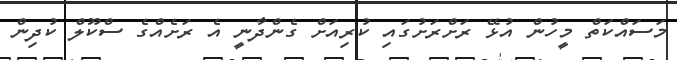
މަސައްކަތް މީހުން އުޅޭ ރަށްރަށުގައި ކުރިއަށް ގެންދާނީ އެ ރަށެއްގެ ސްކޫލް ކުދިން